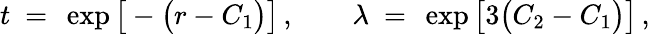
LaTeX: t~=~\exp\big[-\big(r-C_{1}\big)\big]\, ,\qquad\lambda~=~\exp\big[3\big(C_{2}-C_{1}\big)\big]\, ,